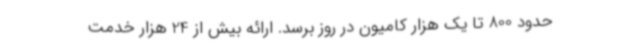
حدود 800 تا یک هزار کامیون در روز برسد. ارائه بیش از 24 هزار خدمت